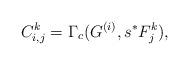
LaTeX: \begin{align*}C_{i,j}^k = \Gamma_c(G^{(i)}, s^* F_j^k),\end{align*}